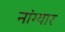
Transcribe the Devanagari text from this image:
नांग्यार